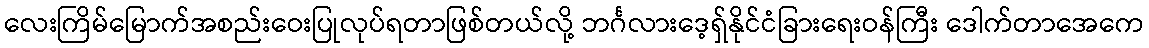
လေးကြိမ်မြောက်အစည်းဝေးပြုလုပ်ရတာဖြစ်တယ်လို့ ဘင်္ဂလားဒေ့ရှ်နိုင်ငံခြားရေးဝန်ကြီး ဒေါက်တာအေကေ